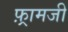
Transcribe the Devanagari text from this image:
फ़्रामजी